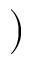
)